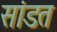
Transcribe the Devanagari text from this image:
सांडत